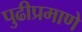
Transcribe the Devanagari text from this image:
पुढीप्रमाणे